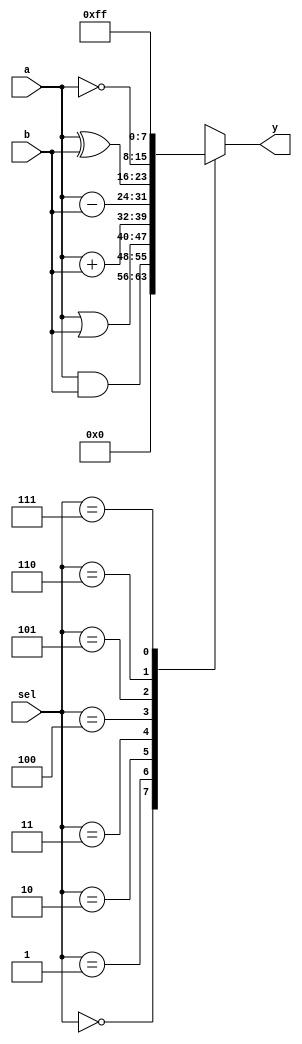
module alu_8_bit(y, sel, a, b);
    output reg [7:0] y;
    input [2:0] sel;
    input [7:0] a, b;

    always @(sel, a, b) begin
        case(sel)
            3'b000  :   y = 8'b00000000;
            3'b001  :   y = a & b;
            3'b010  :   y = a | b;
            3'b011  :   y = a + b;
            3'b100  :   y = a - b;
            3'b101  :   y = a ^ b;
            3'b110  :   y = ~a;
            3'b111  :   y = 8'b11111111;

        endcase
    end
endmodule

module alu_8_bit_tb;
    reg [7:0] a, b;
    reg [2:0] sel;
    wire [7:0] y;
    
    //Instantiate UUT
    alu_8_bit UUT(y, sel, a, b);

    //stimulus block
    initial
        begin
            a = 8'b01001111;
            b = 8'b00011111;
            sel = 3'b000;
            repeat (7) #100 sel = sel + 1'b1; 
        end
    initial $monitor("a = %b, b = %b, sel = %b, y = %b", a, b, sel, y);
endmodule